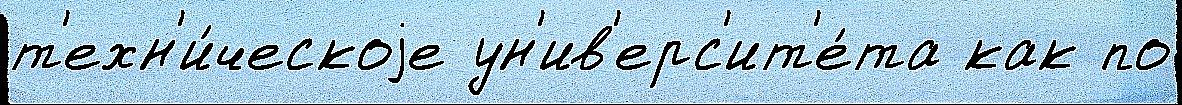
т'ехн'и́ческоjе ун'ив'ерс'ит'е́та как по